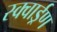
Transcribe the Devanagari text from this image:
स्क्वार्ड्रण